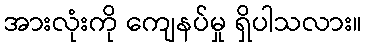
အားလုံးကို ကျေနပ်မှု ရှိပါသလား။